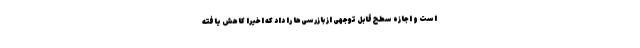
است و اجازه سطح قابل توجهی از بازرسی‌ها را داد که اخیراً کاهش یافته